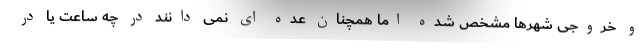
و خروجی شهرها مشخص شده اما همچنان عده ای نمی دانند در چه ساعت یا در